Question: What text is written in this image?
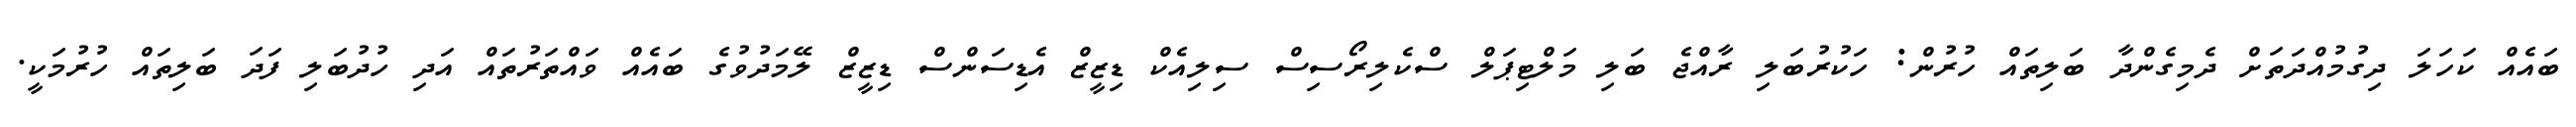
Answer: ބައެއް ކަހަލަ ދިގުމުއްދަތަށް ދެމިގެންދާ ބަލިތައް ހުރުން: ހަކުރުބަލި ރާއްޖެ ބަލި މަލްޓިޕަލް ސްކެލިރޯސިސް ސިލިއެކް ޑިޒީޒް އެޑިސަންސް ޑިޒީޒް ލޭމަދުވުގެ ބައެއް ވައްތަރުތައް އަދި ހުދުބަލި ފަދަ ބަލިތައް ހުރުމަކީ.